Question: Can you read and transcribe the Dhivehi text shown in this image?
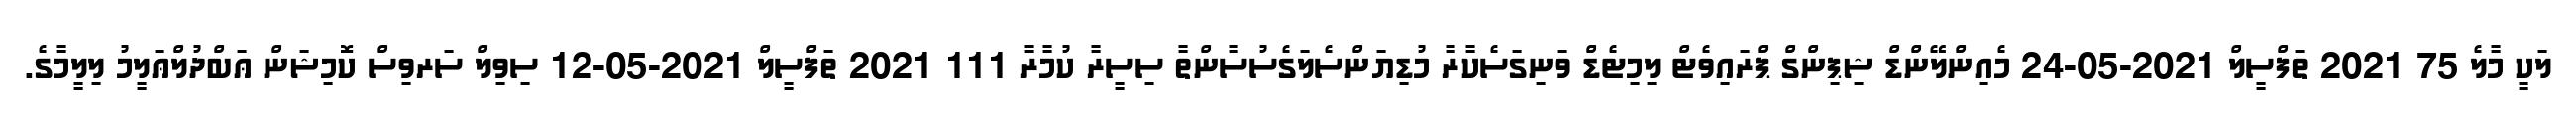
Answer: ލަކީ މާލެ 75 2021 ތަފްސީލް 2021-05-24 މެއިންލޭންޑް ޝިޕިންގް ޕްރައިވެޓް ލިމިޓެޑް ވަނިގަސެކާރާ މުޑިޔަންސެލަގެސުސާންތާ ސިސީރާ ކުމާރާ 111 2021 ތަފްސީލް 2021-05-12 ސިވިލް ސަރވިސް ކޮމިޝަން ޢަބްދުލްޢަލީމު ލިލީމާގެ.